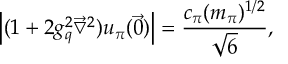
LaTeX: \left| ( 1 + 2 g _ { q } ^ { 2 } \vec { \bigtriangledown } ^ { 2 } ) u _ { \pi } ( \vec { 0 } ) \right| = \frac { c _ { \pi } ( m _ { \pi } ) ^ { 1 / 2 } } { \sqrt 6 } ,